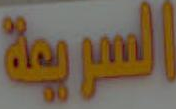
السريعة